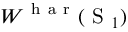
W ^ { \mathrm { ~ h ~ a ~ r ~ } } ( \mathrm { ~ S ~ } _ { 1 } )